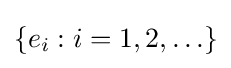
\{e_{i}:i=1,2,\ldots \}